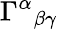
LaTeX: \Gamma^{\alpha}{}_{\beta\gamma}